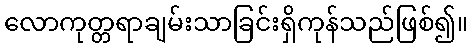
လောကုတ္တရာချမ်းသာခြင်းရှိကုန်သည်ဖြစ်၍။